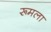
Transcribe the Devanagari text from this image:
रूमला